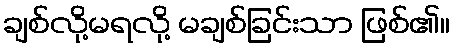
ချစ်လို့မရလို့ မချစ်ခြင်းသာ ဖြစ်၏။